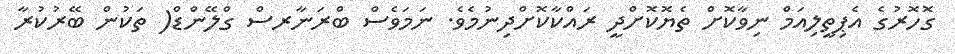
ގޮހޮރުގެ އެޕިތީލިއަމް ނިވާކޮށް ތެޔޮކޮށްދީ ރައްކާކޮށްދިނުމެވެ. ނަމަވެސް ބްރަނާރސް ގްލޭންޑް( ތަކުން ބޭރުކުރާ